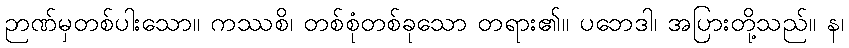
ဉာဏ်မှတစ်ပါးသော။ ကဿစိ၊ တစ်စုံတစ်ခုသော တရား၏။ ပဘေဒါ၊ အပြားတို့သည်။ န၊